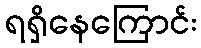
ရရှိနေကြောင်း